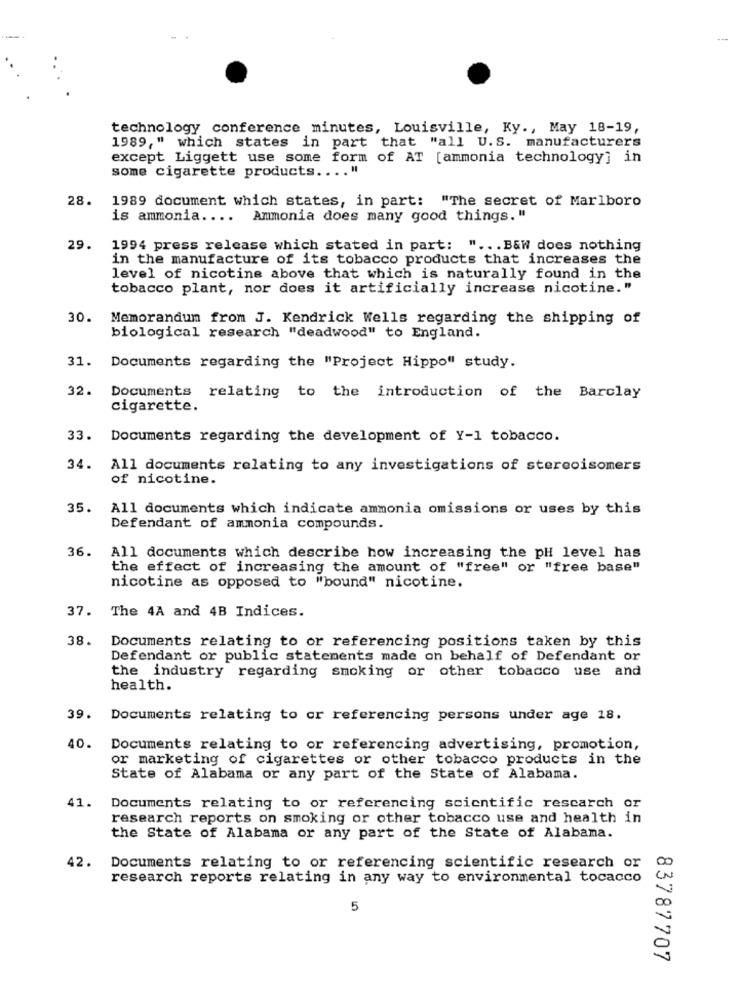
technology conference minutes, Louisville, Ky ., May 18-19,
1989," which states in part that "all U.S. manufacturers
except Liggett use some form of AT [ammonia technology] in
some cigarette products .... "
28.
1989 document which states, in part: "The secret of Marlboro
is ammonia ....
Ammonia does many good things."
29.
1994 press release which stated in part: " ... B&W does nothing
in the manufacture of its tobacco products that increases the
level of nicotine above that which is naturally found in the
tobacco plant, nor does it artificially increase nicotine."
30.
Memorandum from J. Kendrick Wells regarding the shipping of
biological research "deadwood" to England.
31.
Documents regarding the "Project Hippo" study.
32.
Documents relating to the introduction of the Barclay
cigarette.
33. Documents regarding the development of Y-1 tobacco.
34. All documents relating to any investigations of stereoisomers
of nicotine.
35. All documents which indicate ammonia omissions or uses by this
Defendant of ammonia compounds.
36. All documents which describe how increasing the pH level has
the effect of increasing the amount of "free" or "free base"
nicotine as opposed to "bound" nicotine.
37.
The 4A and 4B Indices.
38.
Documents relating to or referencing positions taken by this
Defendant or public statements made on behalf of Defendant or
the industry regarding smoking or other tobacco use and
health.
39. Documents relating to or referencing persons under age 18.
40.
Documents relating to or referencing advertising, promotion,
or marketing of cigarettes or other tobacco products in the
State of Alabama or any part of the State of Alabama.
41.
Documents relating to or referencing scientific research or
research reports on smoking or other tobacco use and health in
the State of Alabama or any part of the State of Alabama.
42.
Documents relating to or referencing scientific research or
research reports relating in any way to environmental tocacco
5
83787707